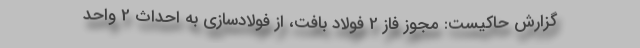
گزارش حاکیست: مجوز فاز 2 فولاد بافت، از فولادسازی به احداث 2 واحد